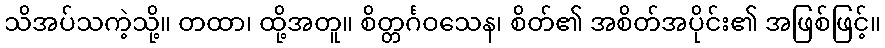
သိအပ်သကဲ့သို့။ တထာ၊ ထို့အတူ။ စိတ္တင်္ဂဝသေန၊ စိတ်၏ အစိတ်အပိုင်း၏ အဖြစ်ဖြင့်။